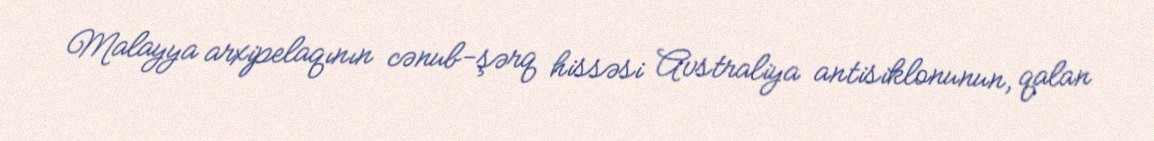
Malayya arxipelaqının cənub-şərq hissəsi Avstraliya antisiklonunun, qalan